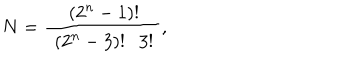
N = { \frac { \left( 2 ^ { n } - 1 \right) ! } { ~ \left( 2 ^ { n } - 3 \right) ! 3 ! ~ } } ,